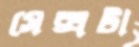
সেক্সটা